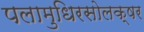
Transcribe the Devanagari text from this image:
पलामुधिरसोलक्षर